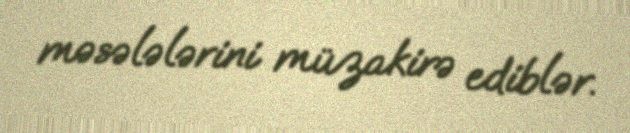
məsələlərini müzakirə ediblər.